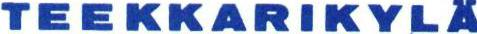
TEEKKARIKYLÄ